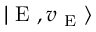
| \mathrm { ~ E ~ } , v _ { \mathrm { ~ E ~ } } \rangle